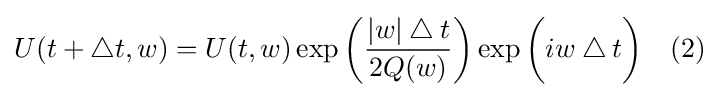
U(t+\bigtriangleup t,w)=U(t,w)\exp {\bigg (}{\frac {|w|\bigtriangleup t}{2Q(w)}}{\bigg )}\exp {\bigg (}iw\bigtriangleup t{\bigg )}\quad (2)